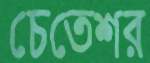
চেতেশ্বর